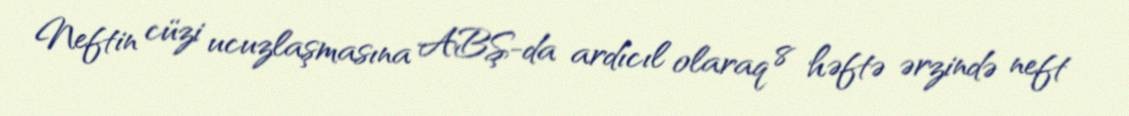
Neftin cüzi ucuzlaşmasına ABŞ-da ardıcıl olaraq 8 həftə ərzində neft